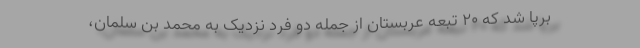
برپا شد که ۲۰ تبعه عربستان از جمله دو فرد نزدیک به محمد بن سلمان،